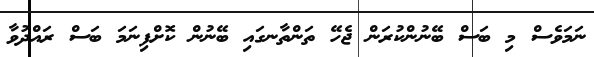
ނަމަވެސް މި ބަސް ބޭނުންކުރަން ޖެހޭ ތަންތާނގައި ބޭނުން ކޮށްފިނަމަ ބަސް ރައްދުވާ